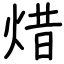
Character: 焟